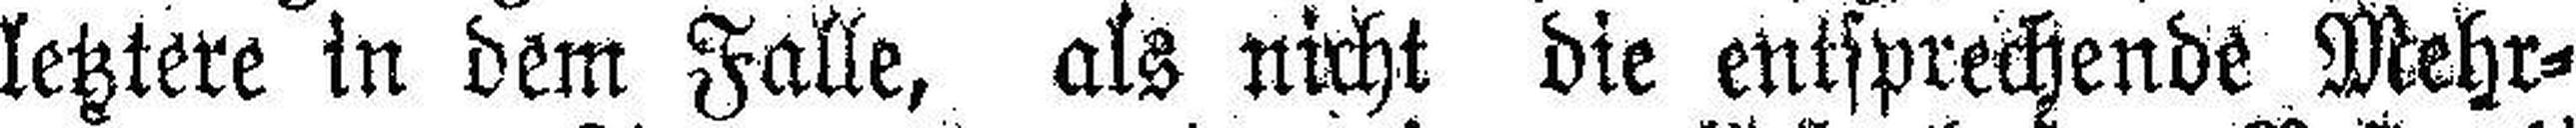
letztere in dem Falle, als nicht die entsprechende Mehr¬